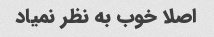
اصلا خوب به نظر نمیاد